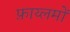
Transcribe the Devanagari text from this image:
फ़ाय्लमों